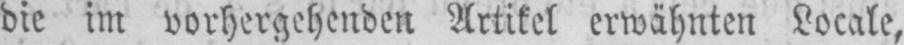
die im vorhergehenden Artikel erwähnten Locale,